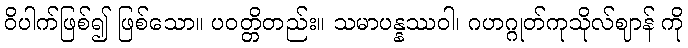
ဝိပါက်ဖြစ်၍ ဖြစ်သော။ ပဝတ္တိတည်း။ သမာပန္နဿဝါ၊ ဂဟဂ္ဂုတ်ကုသိုလ်ဈာန် ကို